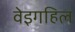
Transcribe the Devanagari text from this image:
वेइगहिल